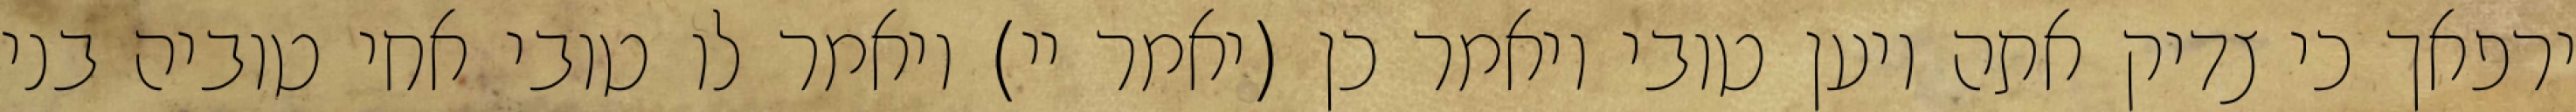
ירפאך כי צדיק אתה ויען טובי ויאמר כן (יאמר יי) ויאמר לו טובי אחי טוביה בני